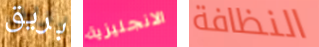
بريق الانجليزية النظافة